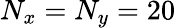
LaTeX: N_{x}=N_{y}=20